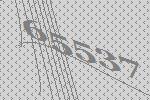
65537